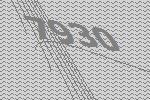
7930